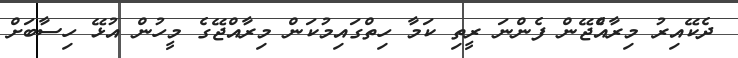
ދެކޭއިރު މިރާއްެޖޭން ފެންނަ ރީތި ކަމާ ހިތްގައިމުކަން މިރާއްޖޭގެ މީހުން އުޅޭ ހިސާބަށް